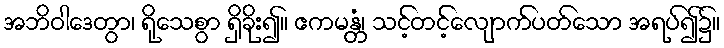
အဘိဝါဒေတွာ၊ ရိုသေစွာ ရှိခိုး၍။ ဧကမန္တံ၊ သင့်တင့်လျောက်ပတ်သော အရပ်၍၌။